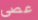
عصى